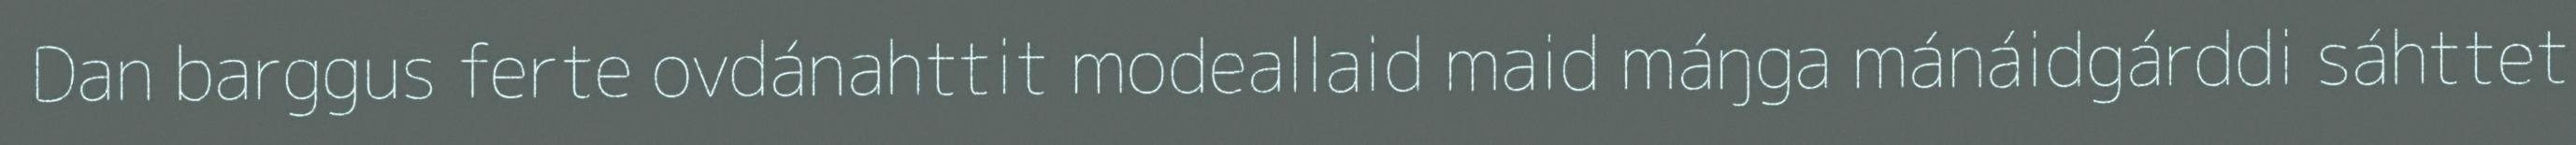
Dan barggus ferte ovdánahttit modeallaid maid máŋga mánáidgárddi sáhttet